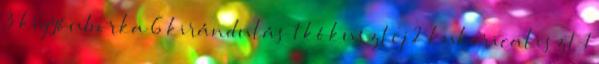
3 kígyóuborka 6 kirándulás 1 kókusztej 2 kukoricaliszt 1